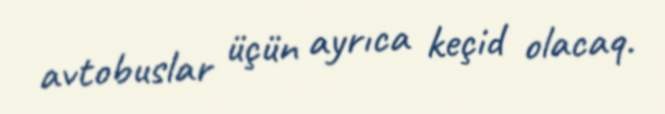
avtobuslar üçün ayrıca keçid olacaq.